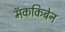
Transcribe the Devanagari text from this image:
मॅककिबेन